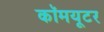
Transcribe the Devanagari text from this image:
कॉमयूटर